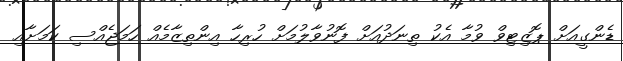
ޑެންގީއަށް ޕޮޒިޓިވް ވުމާ އެކު ތިނަދުއަށް ފޮނުވާލުމަށް ހުރިހާ އިންތިޒާމެއް ހަމަޖެއްސި ކަމަށާއި